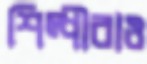
শিল্পীরাও